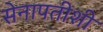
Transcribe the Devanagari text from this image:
सेनापतीशी